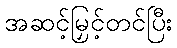
အဆင့်မြှင့်တင်ပြီး